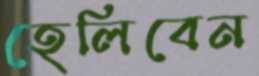
হেলিবেন